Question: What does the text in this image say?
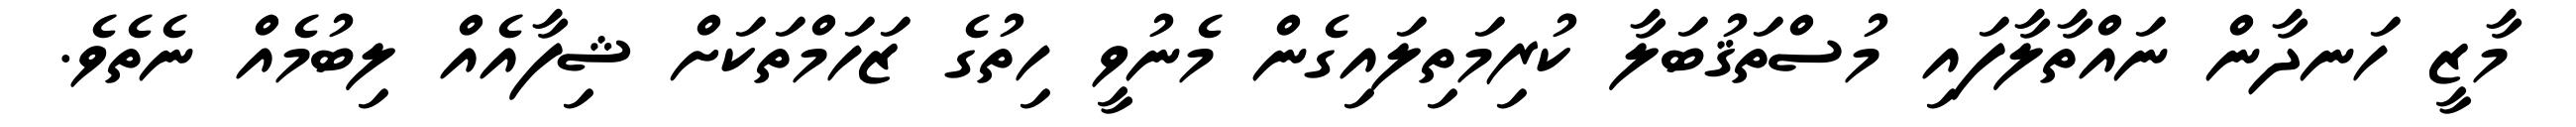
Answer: މާޒީ ހަނދާން ނައްތާލާފައި މުސްތަޤުބަލާ ކުރިމަތިލައިގެން މެނުވީ ހިތުގެ ޒަހަމްތަކަށް ޝިފާއެއް ލިބުމެއް ނެތެވެ.